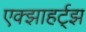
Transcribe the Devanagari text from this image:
एक्झाहर्ट्‌झ